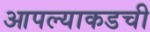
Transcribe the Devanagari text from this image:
आपल्याकडची